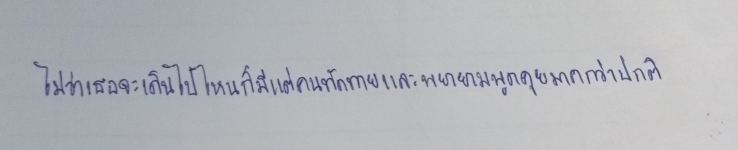
ไม่ว่าเธอจะเดินไปไหนก็มีแต่คนทักทายและพยายามพูดคุยมากกว่าปกติ